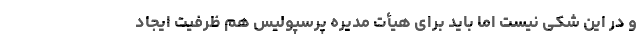
و در این شکی نیست اما باید برای هیأت مدیره پرسپولیس هم ظرفیت ایجاد